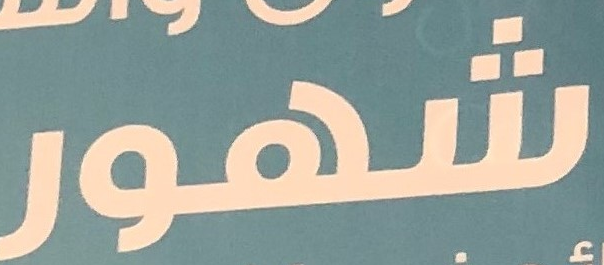
شهور